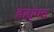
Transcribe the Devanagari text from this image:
हेह्य्॑फ्व